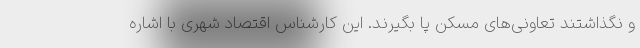
و نگذاشتند تعاونی‌های مسکن پا بگیرند. این کارشناس اقتصاد شهری با اشاره